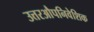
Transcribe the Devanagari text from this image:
उत्तरऔपनिवेशिक